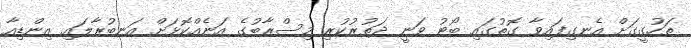
ތަހުގީގަށް އެނގިފައިވާ ގޮތުގައި ބޯޓު ވަނީ ދަތުރުކުރި މިސްރާބުގެ އަނެއްކޮޅަށް އަނބުރާލައި އިންޑިއާ